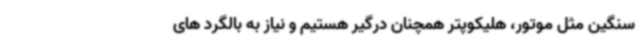
سنگین مثل موتور، هلیکوپتر همچنان درگیر هستیم و نیاز به بالگرد های